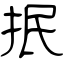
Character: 抿